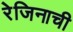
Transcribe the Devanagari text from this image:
रेजिनाची